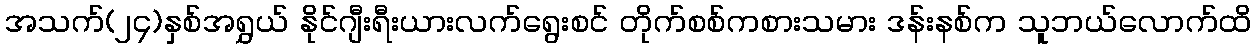
အသက်(၂၄)နှစ်အရွှယ် နိုင်ဂျီးရီးယားလက်ရွေးစင် တိုက်စစ်ကစားသမား ဒန်းနစ်က သူဘယ်လောက်ထိ